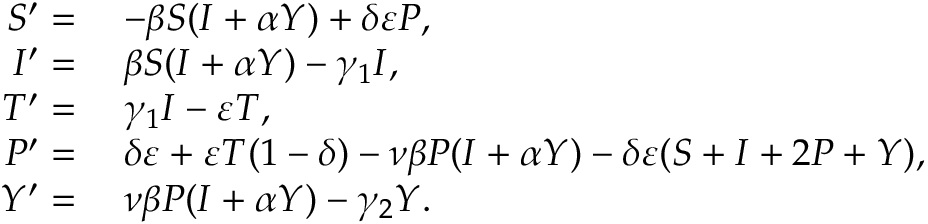
\begin{array} { r l } { S ^ { \prime } = } & { \; - \beta S ( I + \alpha Y ) + \delta \varepsilon P , } \\ { I ^ { \prime } = } & { \; \beta S ( I + \alpha Y ) - \gamma _ { 1 } I , } \\ { T ^ { \prime } = } & { \; \gamma _ { 1 } I - \varepsilon T , } \\ { P ^ { \prime } = } & { \; \delta \varepsilon + \varepsilon T ( 1 - \delta ) - \nu \beta P ( I + \alpha Y ) - \delta \varepsilon ( S + I + 2 P + Y ) , } \\ { Y ^ { \prime } = } & { \; \nu \beta P ( I + \alpha Y ) - \gamma _ { 2 } Y . } \end{array}